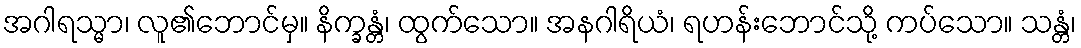
အဂါရသ္မာ၊ လူ၏ဘောင်မှ။ နိက္ခန္တံ၊ ထွက်သော။ အနဂါရိယံ၊ ရဟန်းဘောင်သို့ ကပ်သော။ သန္တံ၊